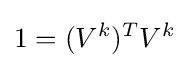
1=(V^{k})^{T}V^{k}